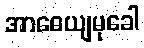
အာဓေယျမုခေါ